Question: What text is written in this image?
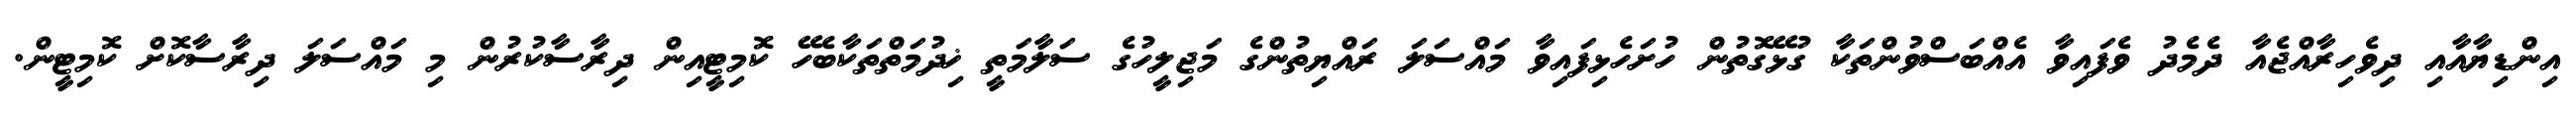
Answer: އިންޑިޔާއާއި ދިވެހިރާއްޖެއާ ދެމެދު ވެފައިވާ އެއްބަސްވުންތަކާ ގުޅޭގޮތުން ހުށަހެޅިފައިވާ މައްސަލަ ރައްޔިތުންގެ މަޖިލީހުގެ ސަލާމަތީ ޚިދުމަތްތަކާބެހޭ ކޮމިޓީއިން ދިރާސާކުރުން މި މައްސަލަ ދިރާސާކޮށް ކޮމިޓީން.